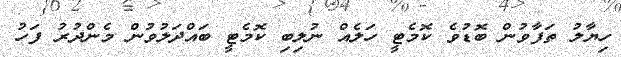
ހިޔާލު ތަފާވުން ބޮޑުވެ ކޮމެޓީ ހަލެއް ނުލިބި ކޮމެޓީ ބައްދަލުވުން މެންދުރު ފަހު